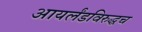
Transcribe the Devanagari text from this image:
आयर्लंडविरुद्धच